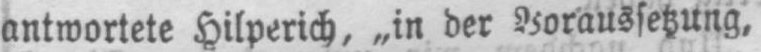
antwortete Hilperich, „in der Voraussetzung,